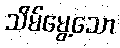
သိမ်မွေ့သော